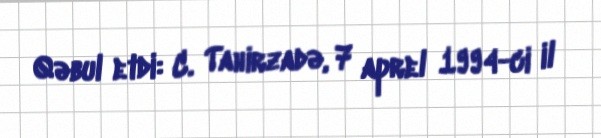
Qəbul etdi: C. Tahirzadə, 7 aprel 1994-ci il